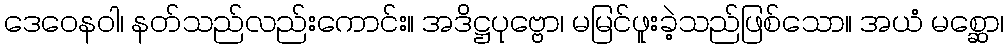
ဒေဝေနဝါ၊ နတ်သည်လည်းကောင်း။ အဒိဋ္ဌပုဗ္ဗော၊ မမြင်ဖူးခဲ့သည်ဖြစ်သော။ အယံ မစ္ဆော၊